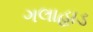
ગલાહાડ